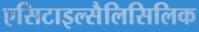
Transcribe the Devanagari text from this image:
एसिटाइल्सैलिसिलिक